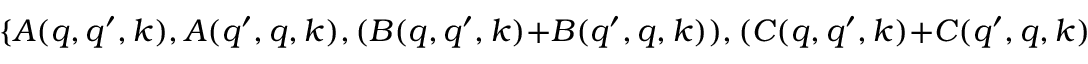
\{ A ( q , q ^ { \prime } , k ) , A ( q ^ { \prime } , q , k ) , ( B ( q , q ^ { \prime } , k ) + B ( q ^ { \prime } , q , k ) ) , ( C ( q , q ^ { \prime } , k ) + C ( q ^ { \prime } , q , k ) ) \}